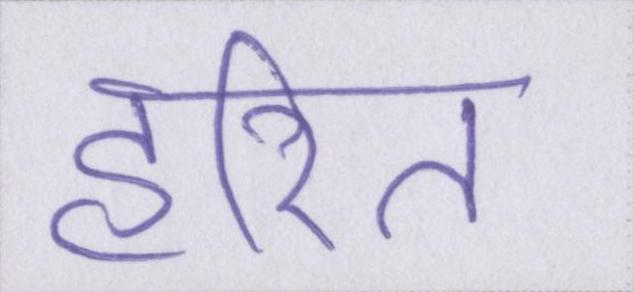
हरित